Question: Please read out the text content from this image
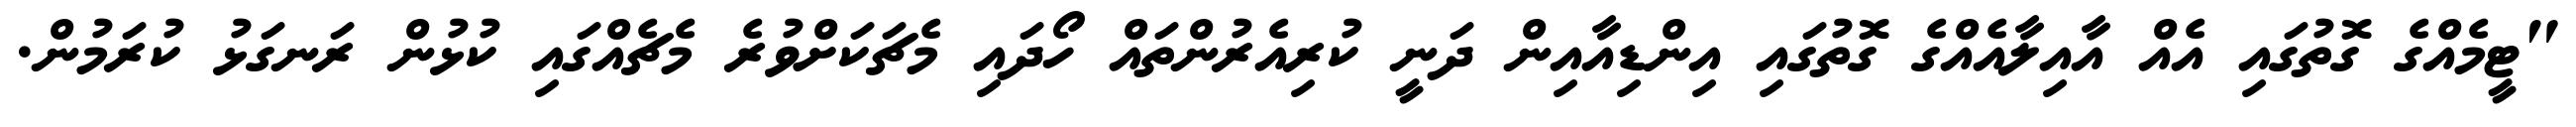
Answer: "ޓީމެއްގެ ގޮތުގައި އެއް އާއިލާއެއްގެ ގޮތުގައި އިންޑިއާއިން ދަނީ ކުރިއެރުންތައް ހޯދައި މެޗަކަށްވުރެ މެޗެއްގައި ކުޅުން ރަނގަޅު ކުރަމުން.